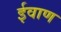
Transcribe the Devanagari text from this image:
ईवाण